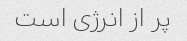
پر از انرژی است